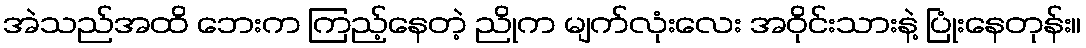
အဲသည်အထိ ဘေးက ကြည့်နေတဲ့ ညိုက မျက်လုံးလေး အဝိုင်းသားနဲ့ ပြုံးနေတုန်း။